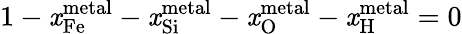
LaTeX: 1-\mathit{x}_{\mathrm{{{Fe}}}}^{\mathrm{{{metal}}}}-\mathit{x}_{\mathrm{{{Si}}}}^{\mathrm{{{metal}}}}-\mathit{x}_{\mathrm{{{O}}}}^{\mathrm{{{metal}}}}-\mathit{x}_{\mathrm{{{H}}}}^{\mathrm{{{metal}}}}=0